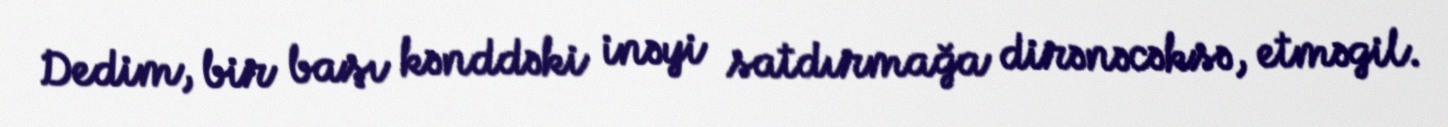
Dedim, bir başı kənddəki inəyi satdırmağa dirənəcəksə, etməgil.